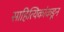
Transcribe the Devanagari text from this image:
साहित्यिकांकडून